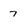
Character: 7